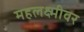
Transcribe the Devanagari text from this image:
महलक्ष्मीवर